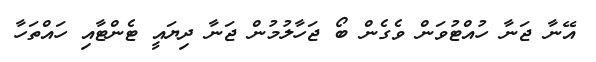
އޭނާ ޖަނާ ހުއްޓުވަން ވެގެން ބޯ ޖަހާލުމުން ޖަނާ ދިޔައީ ޓެންޓާއި ހައްތަހާ